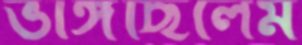
ভাঙ্গছিলেম